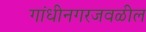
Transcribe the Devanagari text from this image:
गांधीनगरजवळील